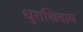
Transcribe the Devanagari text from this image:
धुराशिवाय